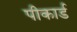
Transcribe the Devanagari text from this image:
पीकार्ड